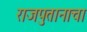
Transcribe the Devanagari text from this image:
राजपुतानाचा